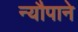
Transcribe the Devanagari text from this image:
न्यौपाने